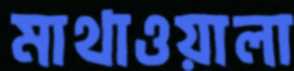
মাথাওয়ালা